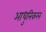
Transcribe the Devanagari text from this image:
आधुनिकरन